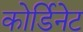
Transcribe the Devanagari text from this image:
कोर्डिनेट